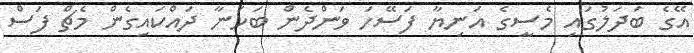
އޭގެ ބަދަލުގައި މެސީގެ އަނިޔާ ފަސޭހަ ވަންދެން ބަހަނާ ދައްކައިގެން މެޗް ފަސް